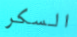
السكر